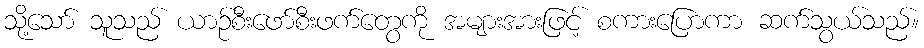
သို့သော် သူသည် ယာဉ်စီးဖော်စီးဖက်တွေကို အများအားဖြင့် စကားပြောကာ ဆက်သွယ်သည်။